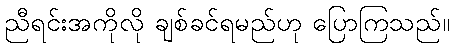
ညီရင်းအကိုလို ချစ်ခင်ရမည်ဟု ပြောကြသည်။